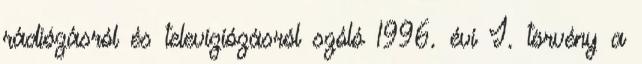
rádiózásról és televíziózásról szóló 1996. évi I. törvény a